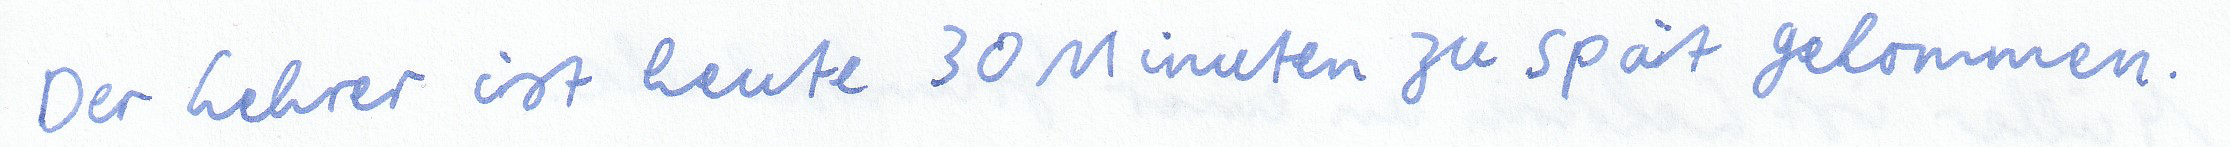
Der Lehrer ist heute 30 Minuten zu spät gekommen.